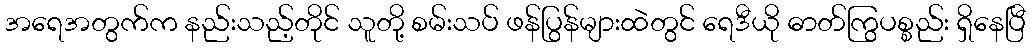
အရေအတွက်က နည်းသည့်တိုင် သူတို့ စမ်းသပ် ဖန်ပြွန်များထဲတွင် ရေဒီယို ဓာတ်ကြွပစ္စည်း ရှိနေပြီ